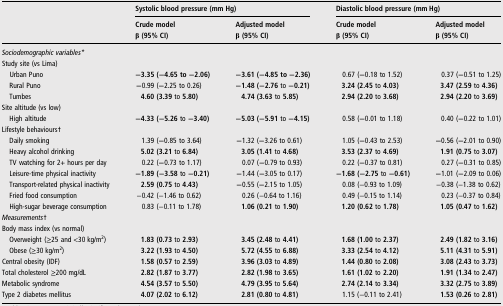
<table><thead><tr><td><b> </b></td><td colspan="2"><b>Systolic blood pressure (mm Hg)</b></td><td colspan="2"><b>Diastolic blood pressure (mm Hg)</b></td></tr><tr><td></td><td><b>Crude model</b></td><td><b>Adjusted model</b></td><td><b>Crude model</b></td><td><b>Adjusted model</b></td></tr><tr><td></td><td><b>β (95% CI)</b></td><td><b>β (95% CI)</b></td><td><b>β (95% CI)</b></td><td><b>β (95% CI)</b></td></tr></thead><tbody><tr><td colspan="5"><i>Sociodemographic variables*</i></td></tr><tr><td colspan="5">Study site (vs Lima)</td></tr><tr><td> Urban Puno</td><td><b>−3.35 (−4.65 to −2.06)</b></td><td><b>−3.61 (−4.85 to −2.36)</b></td><td>0.67 (<b>−</b>0.18 to 1.52)</td><td>0.37 (<b>−</b>0.51 to 1.25)</td></tr><tr><td> Rural Puno</td><td><b>−</b>0.99 (<b>−</b>2.25 to 0.26)</td><td><b>−1.48 (−2.76</b> to <b>−0.21)</b></td><td><b>3.24 (2.45</b> to <b>4.03)</b></td><td><b>3.47 (2.59</b> to <b>4.36)</b></td></tr><tr><td> Tumbes</td><td><b>4.60 (3.39</b> to <b>5.80)</b></td><td><b>4.74 (3.63</b> to <b>5.85)</b></td><td><b>2.94 (2.20</b> to <b>3.68)</b></td><td><b>2.94 (2.20</b> to <b>3.69)</b></td></tr><tr><td colspan="5">Site altitude (vs low)</td></tr><tr><td> High altitude</td><td><b>−4.33 (−5.26</b> to <b>−3.40)</b></td><td><b>−5.03 (−5.91</b> to <b>−4.15)</b></td><td>0.58 (<b>−</b>0.01 to 1.18)</td><td>0.40 (<b>−</b>0.22 to 1.01)</td></tr><tr><td colspan="5">Lifestyle behaviours†</td></tr><tr><td> Daily smoking</td><td>1.39 (<b>−</b>0.85 to 3.64)</td><td><b>−</b>1.32 (<b>−</b>3.26 to 0.61)</td><td>1.05 (<b>−</b>0.43 to 2.53)</td><td><b>−</b>0.56 (<b>−</b>2.01 to 0.90)</td></tr><tr><td> Heavy alcohol drinking</td><td><b>5.02 (3.21</b> to <b>6.84)</b></td><td><b>3.05 (1.41</b> to <b>4.68)</b></td><td><b>3.53 (2.37</b> to <b>4.69)</b></td><td><b>1.91 (0.75</b> to <b>3.07)</b></td></tr><tr><td> TV watching for 2+ hours per day</td><td>0.22 (<b>−</b>0.73 to 1.17)</td><td>0.07 (<b>−</b>0.79 to 0.93)</td><td>0.22 (<b>−</b>0.37 to 0.81)</td><td>0.27 (<b>−</b>0.31 to 0.85)</td></tr><tr><td> Leisure-time physical inactivity</td><td><b>−1.89 (−3.58</b> to <b>−0.21)</b></td><td><b>−</b>1.44 (<b>−</b>3.05 to 0.17)</td><td><b>−1.68 (−2.75</b> to <b>−0.61)</b></td><td><b>−</b>1.01 (<b>−</b>2.09 to 0.06)</td></tr><tr><td> Transport-related physical inactivity</td><td><b>2.59 (0.75</b> to <b>4.43)</b></td><td><b>−</b>0.55 (<b>−</b>2.15 to 1.05)</td><td>0.08 (−0.93 to 1.09)</td><td>−0.38 (−1.38 to 0.62)</td></tr><tr><td> Fried food consumption</td><td>−0.42 (−1.46 to 0.62)</td><td>0.26 (−0.64 to 1.16)</td><td>0.49 (−0.15 to 1.14)</td><td>0.23 (−0.37 to 0.84)</td></tr><tr><td> High-sugar beverage consumption</td><td>0.83 (−0.11 to 1.78)</td><td><b>1.06 (0.21</b> to <b>1.90)</b></td><td><b>1.20 (0.62</b> to <b>1.78)</b></td><td><b>1.05 (0.47</b> to <b>1.62)</b></td></tr><tr><td colspan="5"><i>Measurements</i>†</td></tr><tr><td colspan="5">Body mass index (vs normal)</td></tr><tr><td> Overweight (≥25 and &lt;30 kg/m<sup>2</sup>)</td><td><b>1.83 (0.73</b> to <b>2.93)</b></td><td><b>3.45 (2.48</b> to <b>4.41)</b></td><td><b>1.68 (1.00</b> to <b>2.37)</b></td><td><b>2.49 (1.82</b> to <b>3.16)</b></td></tr><tr><td> Obese (≥30 kg/m<sup>2</sup>)</td><td><b>3.22 (1.93</b> to <b>4.50)</b></td><td><b>5.72 (4.55</b> to <b>6.88)</b></td><td><b>3.33 (2.54</b> to <b>4.12)</b></td><td><b>5.11 (4.31</b> to <b>5.91)</b></td></tr><tr><td>Central obesity (IDF)</td><td><b>1.58 (0.57</b> to <b>2.59)</b></td><td><b>3.96 (3.03</b> to <b>4.89)</b></td><td><b>1.44 (0.80</b> to <b>2.08)</b></td><td><b>3.08 (2.43</b> to <b>3.73)</b></td></tr><tr><td>Total cholesterol ≥200 mg/dL</td><td><b>2.82 (1.87</b> to <b>3.77)</b></td><td><b>2.82 (1.98</b> to <b>3.65)</b></td><td><b>1.61 (1.02</b> to <b>2.20)</b></td><td><b>1.91 (1.34</b> to <b>2.47)</b></td></tr><tr><td>Metabolic syndrome</td><td><b>4.54 (3.57</b> to <b>5.50)</b></td><td><b>4.79 (3.95</b> to <b>5.64)</b></td><td><b>2.74 (2.14</b> to <b>3.34)</b></td><td><b>3.32 (2.75</b> to <b>3.89)</b></td></tr><tr><td>Type 2 diabetes mellitus</td><td><b>4.07 (2.02</b> to <b>6.12)</b></td><td><b>2.81 (0.80</b> to <b>4.81)</b></td><td>1.15 (−0.11 to 2.41)</td><td><b>1.53 (0.26</b> to <b>2.81)</b></td></tr></tbody></table>